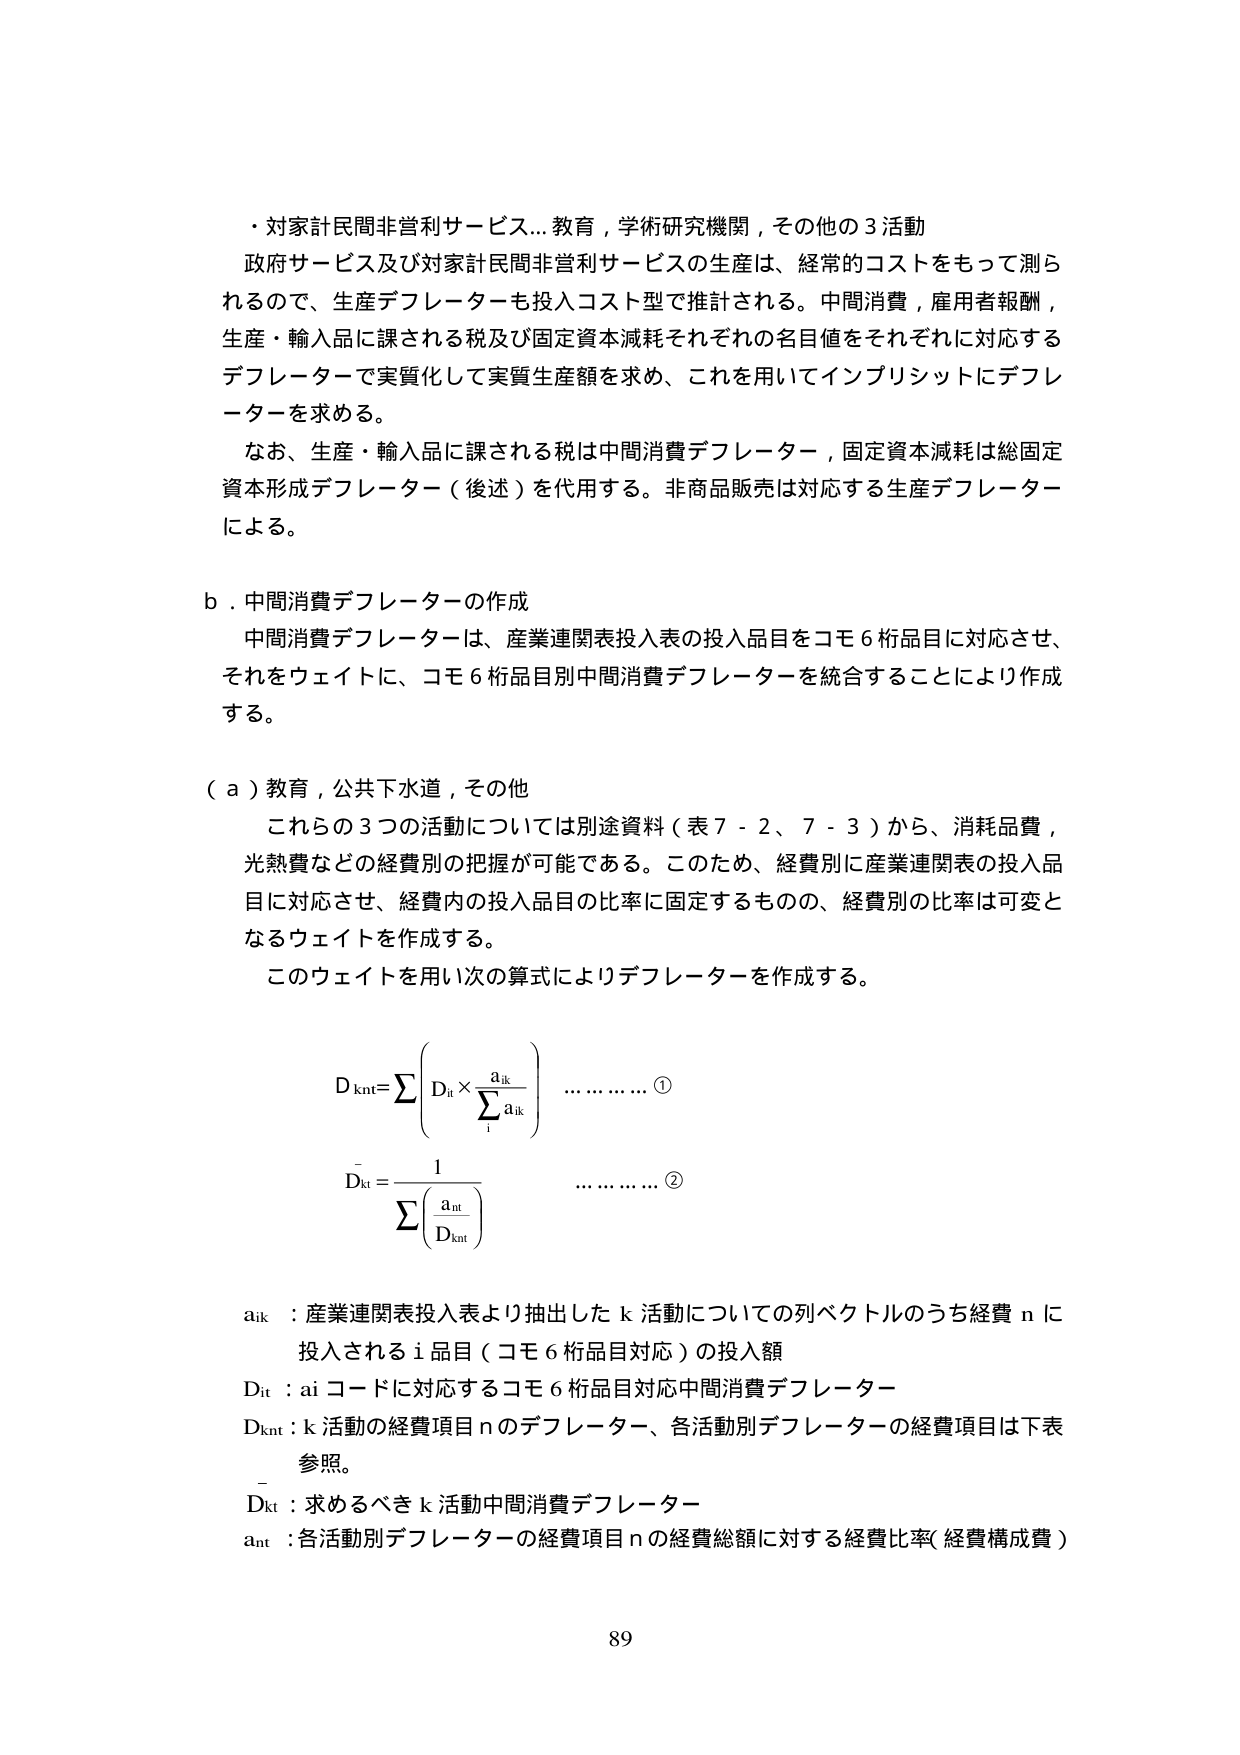
・対家計民間非営利サービス…教育，学術研究機関，その他の3活動
政府サービス及び対家計民間非営利サービスの生産は、経常的コストをもって測られるので、生産デフレーターも投入コスト型で推計される。中間消費，雇用者報酬，生産・輸入品に課される税及び固定資本減耗それぞれの名目値をそれぞれに対応するデフレーターで実質化して実質生産額を求め、これを用いてインプリシットにデフレーターを求める。
なお、生産・輸入品に課される税は中間消費デフレーター，固定資本減耗は総固定資本形成デフレーター（後述）を代用する。非商品販売は対応する生産デフレーターによる。

b．中間消費デフレーターの作成
中間消費デフレーターは、産業連関表投入表の投入品目をコモ6桁品目に対応させ、それをウェイトに、コモ6桁品目別中間消費デフレーターを統合することにより作成する。

（a）教育，公共下水道，その他
これらの3つの活動については別途資料（表7-2、7-3）から、消耗品費，光熱費などの経費別の把握が可能である。このため、経費別に産業連関表の投入品目に対応させ、経費内の投入品目の比率に固定するものの、経費別の比率は可変となるウェイトを作成する。
このウェイトを用い次の算式によりデフレーターを作成する。

D_knt = Σ ( D_it × (a_ik / Σ_i a_ik) ) …………①
D̄_kt = 1 / Σ ( a_nt / D_knt ) …………②

a_ik ：産業連関表投入表より抽出したk活動についての列ベクトルのうち経費nに投入されるi品目（コモ6桁品目対応）の投入額
D_it ：aiコードに対応するコモ6桁品目対応中間消費デフレーター
D_knt ：k活動の経費項目nのデフレーター、各活動別デフレーターの経費項目は下表参照。
D̄_kt ：求めるべきk活動中間消費デフレーター
a_nt ：各活動別デフレーターの経費項目nの経費総額に対する経費比率（経費構成費）

89